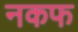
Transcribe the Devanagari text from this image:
नकफ